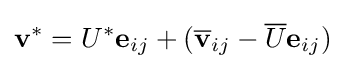
\mathbf {v} ^{\ast }=U^{\ast }\mathbf {e} _{ij}+({\overline {\mathbf {v} }}_{ij}-{\overline {U}}\mathbf {e} _{ij})